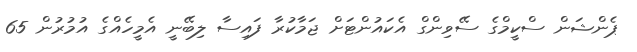
ޕެންޝަން ސްކީމްގެ ސޭވިންގް އެކައުންޓަށް ޖަމާކުރާ ފައިސާ ލިބޭނީ އެމީހެއްގެ އުމުރުން 65